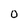
Character: 0